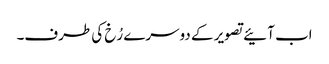
اب آئیے تصویر کے دوسرے رُخ کی طرف۔